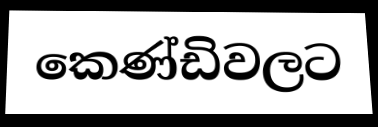
කෙණ්ඩිවලට